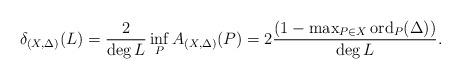
LaTeX: \begin{align*}\delta_{(X,\Delta)}(L)=\frac{2}{\mathrm{deg}\,L}\inf_PA_{(X,\Delta)}(P)=2\frac{(1-\max_{P\in X}\mathrm{ord}_P(\Delta))}{\mathrm{deg}\,L}.\end{align*}